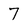
Character: 7